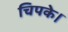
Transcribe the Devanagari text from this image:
चिपके।